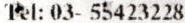
TEL: 03- 55423228